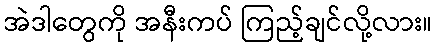
အဲဒါတွေကို အနီးကပ် ကြည့်ချင်လို့လား။